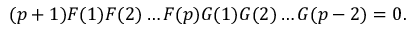
( p + 1 ) F ( 1 ) F ( 2 ) \ldots F ( p ) G ( 1 ) G ( 2 ) \ldots G ( p - 2 ) = 0 .